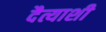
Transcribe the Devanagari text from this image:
दैत्याशी